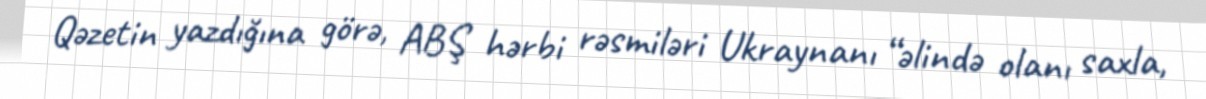
Qəzetin yazdığına görə, ABŞ hərbi rəsmiləri Ukraynanı “əlində olanı saxla,